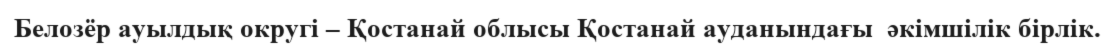
Белозёр ауылдық округі – Қостанай облысы Қостанай ауданындағы  әкімшілік бірлік.